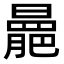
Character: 𣋍